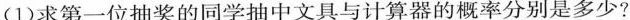
(1)求第一位抽奖的同学抽中文具与计算器的概率分别是多少?